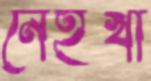
নেইখা